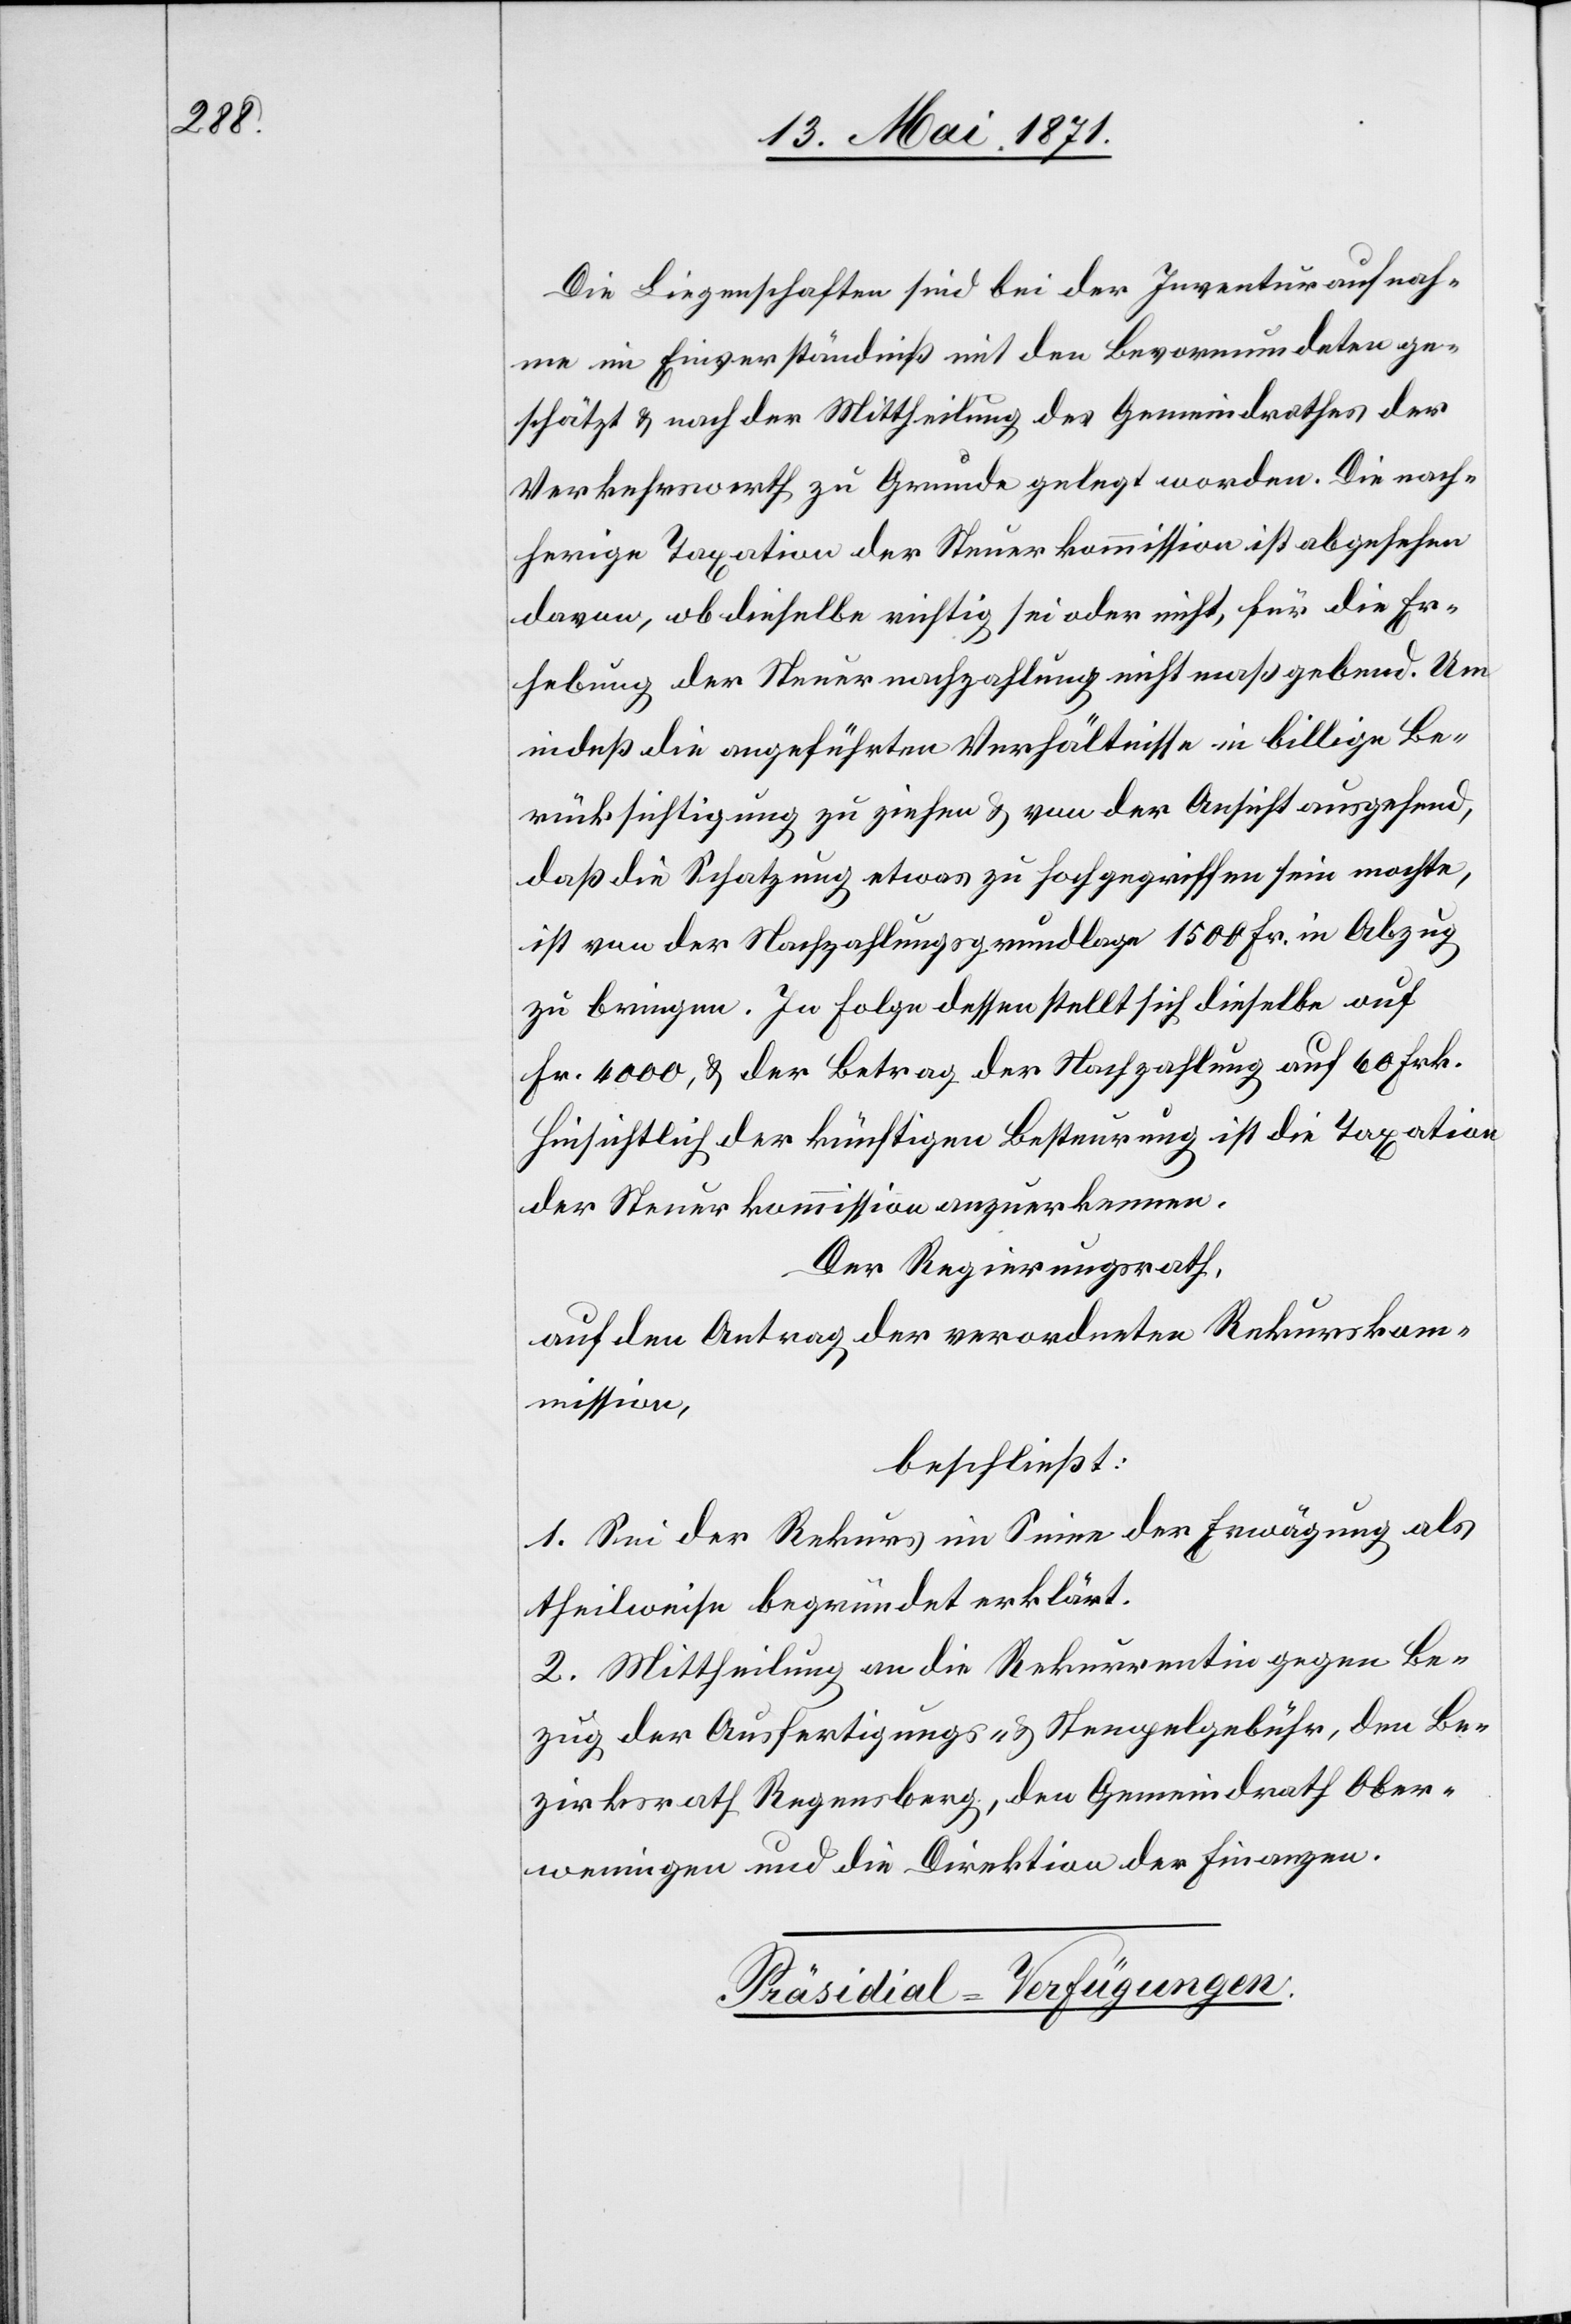
Die Liegenschaften sind bei der Inventuraufnah¬
me im Einverständniß mit den Bevormundeten ge¬
schätzt u. nach der Mittheilung des Gemeindrathes der
Verkehrswerth zu Grunde gelegt worden. Die nach¬
herige Taxation der Steuerkommission ist abgesehen
davon, ob dieselbe richtig sei oder nicht, für die Er¬
hebung der Steuernachzahlung nicht maßgebend. Um
indeß die angeführten Verhältnisse in billige Be¬
rücksichtigung zu ziehen u. von der Ansicht ausgehend,
daß die Schatzung etwas zu hoch gegriffen sein mochte,
ist von der Nachzahlungsgrundlage 1500 Fr. in Abzug
zu bringen. In Folge dessen stellt sich dieselbe auf
Fr. 4000, u. der Betrag der Nachzahlung auf 60 Frk.
hinsichtlich der künftigen Besteuerung ist die Taxation
der Steuerkommission anzuerkennen.
Der Regierungsrath,
auf den Antrag der verordneten Rekurskom¬
mission,
beschließt:
1. Sei der Rekurs im Sinne der Erwägung als
Theilweise begründet erklärt.
2. Mittheilung an die Rekurrentin gegen Be¬
zug der Ausfertigungs- u. Stempelgebühr, den Be¬
zirksrath Regensberg, den Gemeindrath Ober¬
weningen und die Direktion der Finanzen.